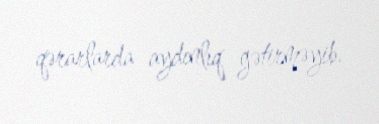
qərarlarda aydınlıq gətirməyib.